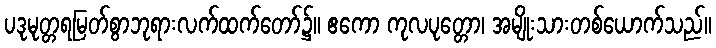
ပဒုမုတ္တရမြတ်စွာဘုရားလက်ထက်တော်၌။ ဧကော ကုလပုတ္တော၊ အမျိုးသားတစ်ယောက်သည်။